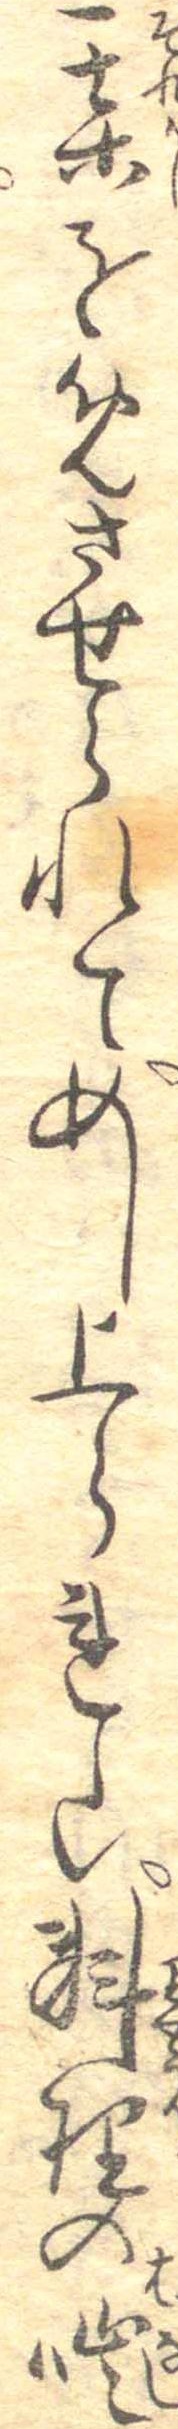
某をめさせられてめし上られし料理の咄